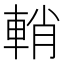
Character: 輎